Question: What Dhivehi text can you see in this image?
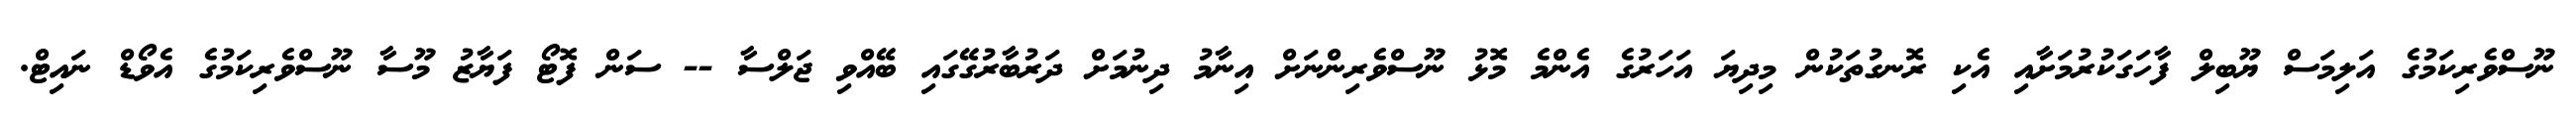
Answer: ނޫސްވެރިކަމުގެ އަލިމަސް ޔޫބިލް ފާހަގަކުރުމަށާއި އެކި ރޮނގުތަކުން މިދިޔަ އަހަރުގެ އެންމެ މޮޅު ނޫސްވެރިންނަށް އިނާމު ދިނުމަށް ދަރުބާރުގޭގައި ބޭއްވި ޖަލްސާ -- ސަން ފޮޓޯ ފަޔާޒު މޫސާ ނޫސްވެރިކަމުގެ އެވޯޑް ނައިޓް.